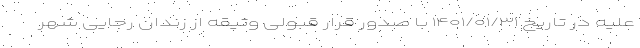
علیه در تاریخ ۱۴۰۱/۰۱/۳۱ با صدور قرار قبولی وثیقه از زندان رجایی شهر